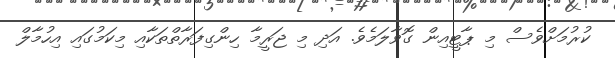
ކުރުމަށްވެސް މި ޕާޓީއިން ގޮވާލަމެވެ. އަދި މި ޖަރީމާ ހިންގިފަރާތްތަކާއި މިކަމުގައި އިހުމާލް